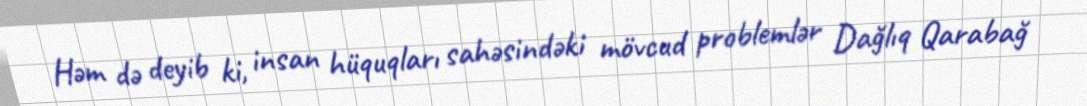
Həm də deyib ki, insan hüquqları sahəsindəki mövcud problemlər Dağlıq Qarabağ